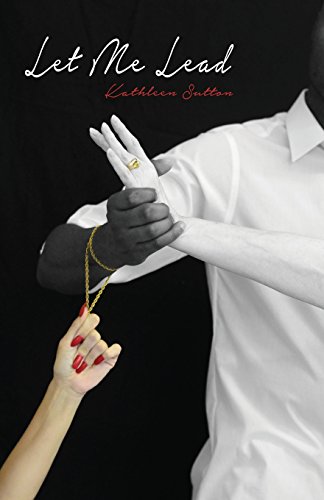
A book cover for Let Me Lead; Kathleen Sutton; Literature & Fiction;